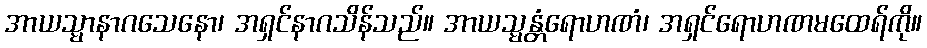
အာယသ္မာနာဂသေနော၊ အရှင်နာဂသိန်သည်။ အာယသ္မန္တံရောဟဏံ၊ အရှင်ရောဟဏမထေရ်ကို။